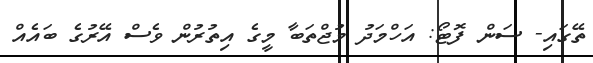
ތޭގައި- ސަން ފޮޓޯ: އަހްމަދު މުޖްތަބާ މީގެ އިތުރުން ވެސް އޭރުގެ ބައެއް